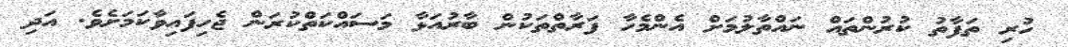
ހުރި ތަފާތު ކުރުންތައް ނައްތާލުމަށް އެންމެހާ ފަރާތްތަކުން ބާރުއަޅާ މަސައްކަތްކުރަން ޖެހިފައިވާކަމަށެވެ. އަދި